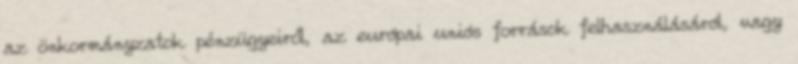
az önkormányzatok pénzügyeiről, az európai uniós források felhasználásáról, vagy